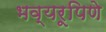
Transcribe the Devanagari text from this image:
भव्यरूपिणे